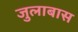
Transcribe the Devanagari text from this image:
जुलाबास